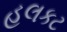
હલકટ